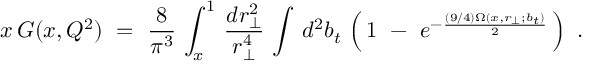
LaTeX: x \, G ( x , Q ^ { 2 } ) \, \, = \, \, \frac { 8 } { \pi ^ { 3 } } \, \int _ { x } ^ { 1 } \, \frac { d r _ { \perp } ^ { 2 } } { r _ { \perp } ^ { 4 } } \, \int \, d ^ { 2 } b _ { t } \, \left( \, 1 \, \, - \, \, e ^ { - \frac { ( 9 / 4 ) \Omega ( x , r _ { \perp } ; b _ { t } ) } { 2 } } \, \right) \, \, .